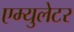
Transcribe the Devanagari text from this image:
एम्युलेटर